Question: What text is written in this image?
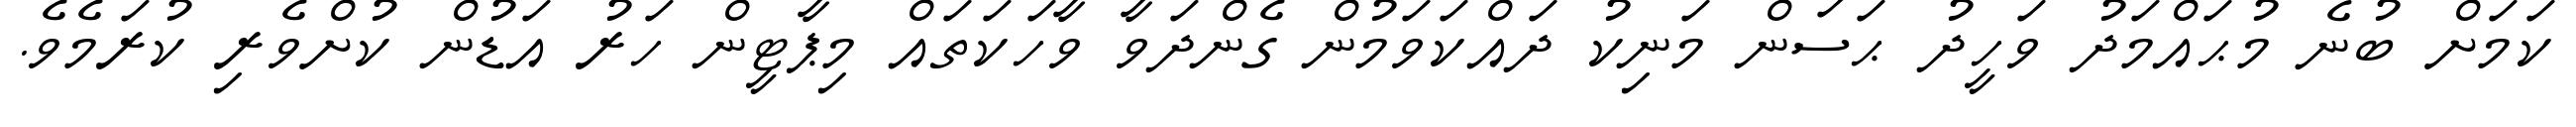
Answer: ކަމަށް ބުނެ މުޙައްމަދު ވަހީދު ޙަސަން މަނިކު ދައްކަވަމުން ގެންދަވާ ވާހަކަތައް މިޕާޓީން ހަރު އަޑުން ކުށްވެރި ކުރަމެވެ.